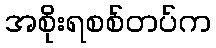
အစိုးရစစ်တပ်က